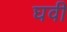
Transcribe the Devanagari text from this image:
घवी